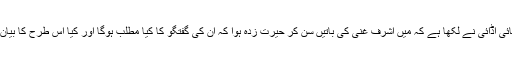
اقوام متحدہ کے سابق نمائندے کائی اڈائی نے لکھا ہے کہ میں اشرف غنی کی باتیں سن کر حیرت زدہ ہوا کہ ان کی گفتگو کا کیا مطلب ہوگا اور کیا اس طرح کا بیان امن عمل کو مدد دے سکتا ہے؟